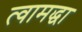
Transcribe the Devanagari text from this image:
त्वामद्धा